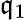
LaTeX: \mathfrak{q}_{1}